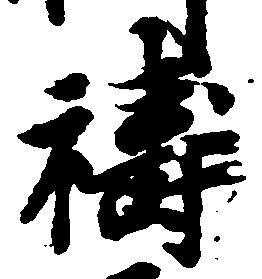
祷